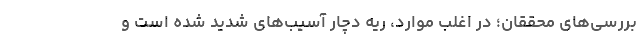
بررسی‌های محققان؛ در اغلب موارد، ریه دچار آسیب‌های شدید شده است و